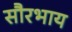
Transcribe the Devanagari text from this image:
सौरभाय